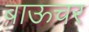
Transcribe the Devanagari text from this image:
बाऊचर